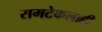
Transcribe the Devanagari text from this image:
रामटेकलाही